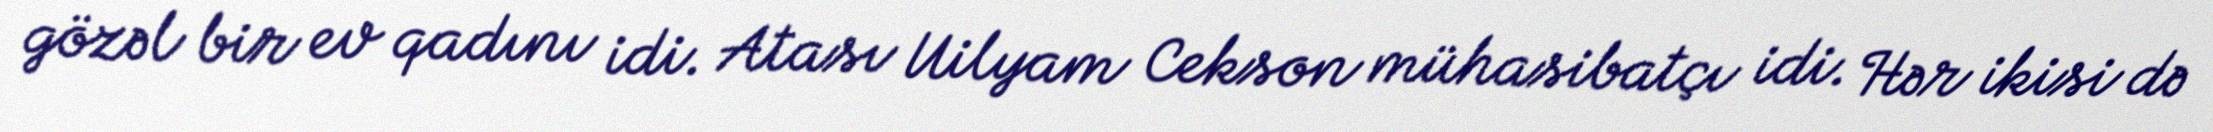
gözəl bir ev qadını idi. Atası Uilyam Cekson mühasibatçı idi. Hər ikisi də